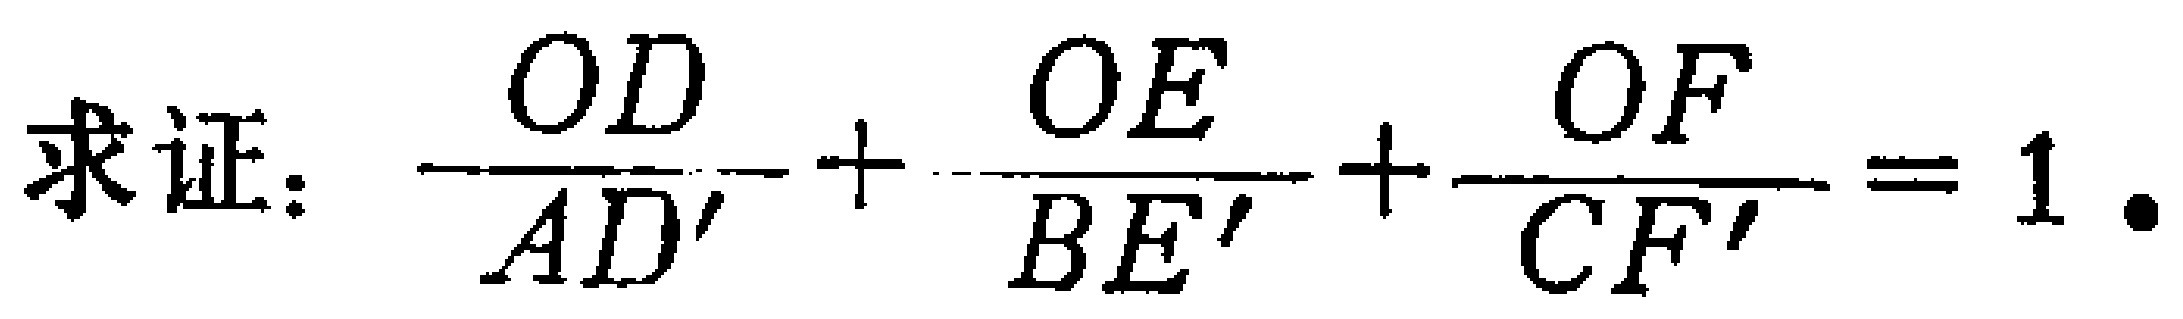
求证：\(\frac{OD}{AD'}+\frac{OE}{BE'}+\frac{OF}{CF'}=1\).